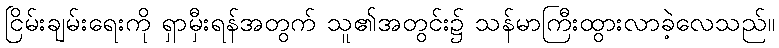
ငြိမ်းချမ်းရေးကို ရှာမှီးရန်အတွက် သူ၏အတွင်း၌ သန်မာကြီးထွားလာခဲ့လေသည်။